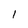
Character: l